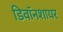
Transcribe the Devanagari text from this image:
डिवॉनशायर